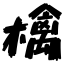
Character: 檎